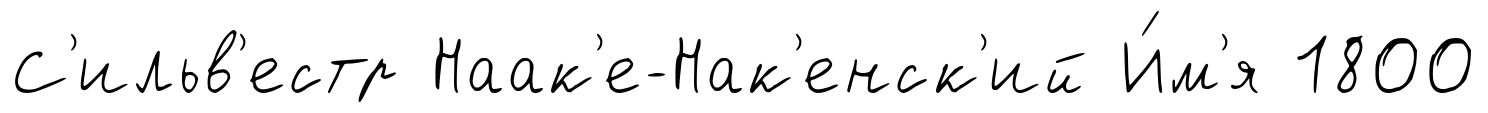
С'ильв'естр Наак'е-Нак'енск'ий И́м'я 1800